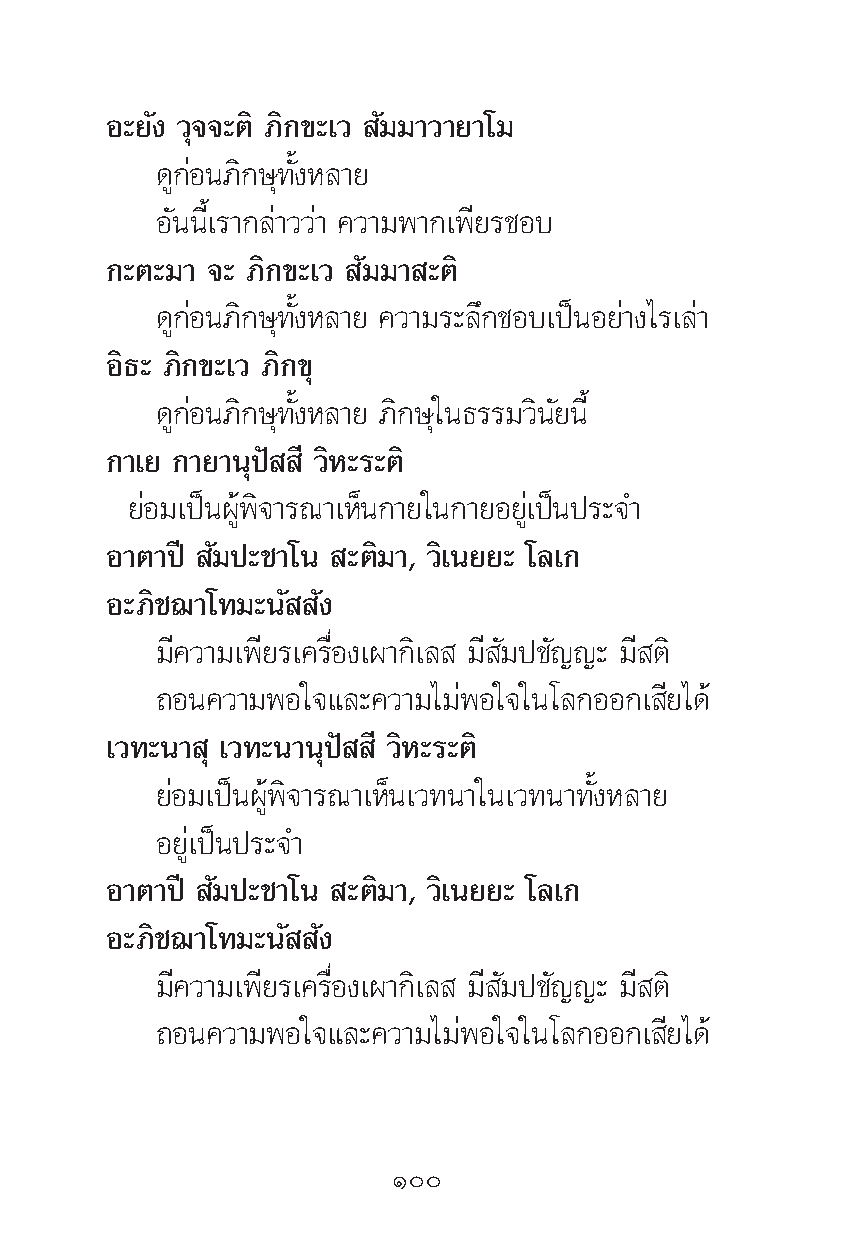
Õ–¬—ß «ÿ®®–μ‘ ¿‘°¢–‡« —¡¡“«“¬“‚¡
 ¥Ÿ°àÕπ¿‘°…ÿ∑—ÈßÀ≈“¬
 Õ—ππ’È‡√“°≈à“««à“ §«“¡æ“°‡æ’¬√™Õ∫
 °–μ–¡“ ®– ¿‘°¢–‡« —¡¡“ –μ‘
 ¥Ÿ°àÕπ¿‘°…ÿ∑—ÈßÀ≈“¬ §«“¡√–≈÷°™Õ∫‡ªìπÕ¬à“ß‰√‡≈à“
 Õ‘∏– ¿‘°¢–‡« ¿‘°¢ÿ
 ¥Ÿ°àÕπ¿‘°…ÿ∑—ÈßÀ≈“¬ ¿‘°…ÿ„π∏√√¡«‘π—¬π’È
 °“‡¬ °“¬“πÿªí ’ «‘À–√–μ‘
 ¬àÕ¡‡ªìπºŸâæ‘®“√≥“‡ÀÁπ°“¬„π°“¬Õ¬Ÿà‡ªìπª√–®”
 Õ“μ“ªï —¡ª–™“‚π –μ‘¡“, «‘‡π¬¬– ‚≈‡°
 Õ–¿‘™¨“‚∑¡–π— —ß
 ¡’§«“¡‡æ’¬√‡§√◊ËÕß‡º“°‘‡≈ ¡’ —¡ª™—≠≠– ¡’ μ‘
 ∂Õπ§«“¡æÕ„®·≈–§«“¡‰¡àæÕ„®„π‚≈°ÕÕ°‡ ’¬‰¥â
 ‡«∑–π“ ÿ ‡«∑–π“πÿªí ’ «‘À–√–μ‘
 ¬àÕ¡‡ªìπºŸâæ‘®“√≥“‡ÀÁπ‡«∑π“„π‡«∑π“∑—ÈßÀ≈“¬
 Õ¬Ÿà‡ªìπª√–®”
 Õ“μ“ªï —¡ª–™“‚π –μ‘¡“, «‘‡π¬¬– ‚≈‡°
 Õ–¿‘™¨“‚∑¡–π— —ß
 ¡’§«“¡‡æ’¬√‡§√◊ËÕß‡º“°‘‡≈ ¡’ —¡ª™—≠≠– ¡’ μ‘
 ∂Õπ§«“¡æÕ„®·≈–§«“¡‰¡àæÕ„®„π‚≈°ÕÕ°‡ ’¬‰¥â
 Ò